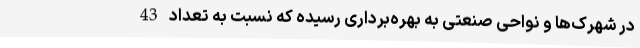
در شهرک‌ها و نواحی صنعتی به بهره‌برداری رسیده که نسبت به تعداد 43